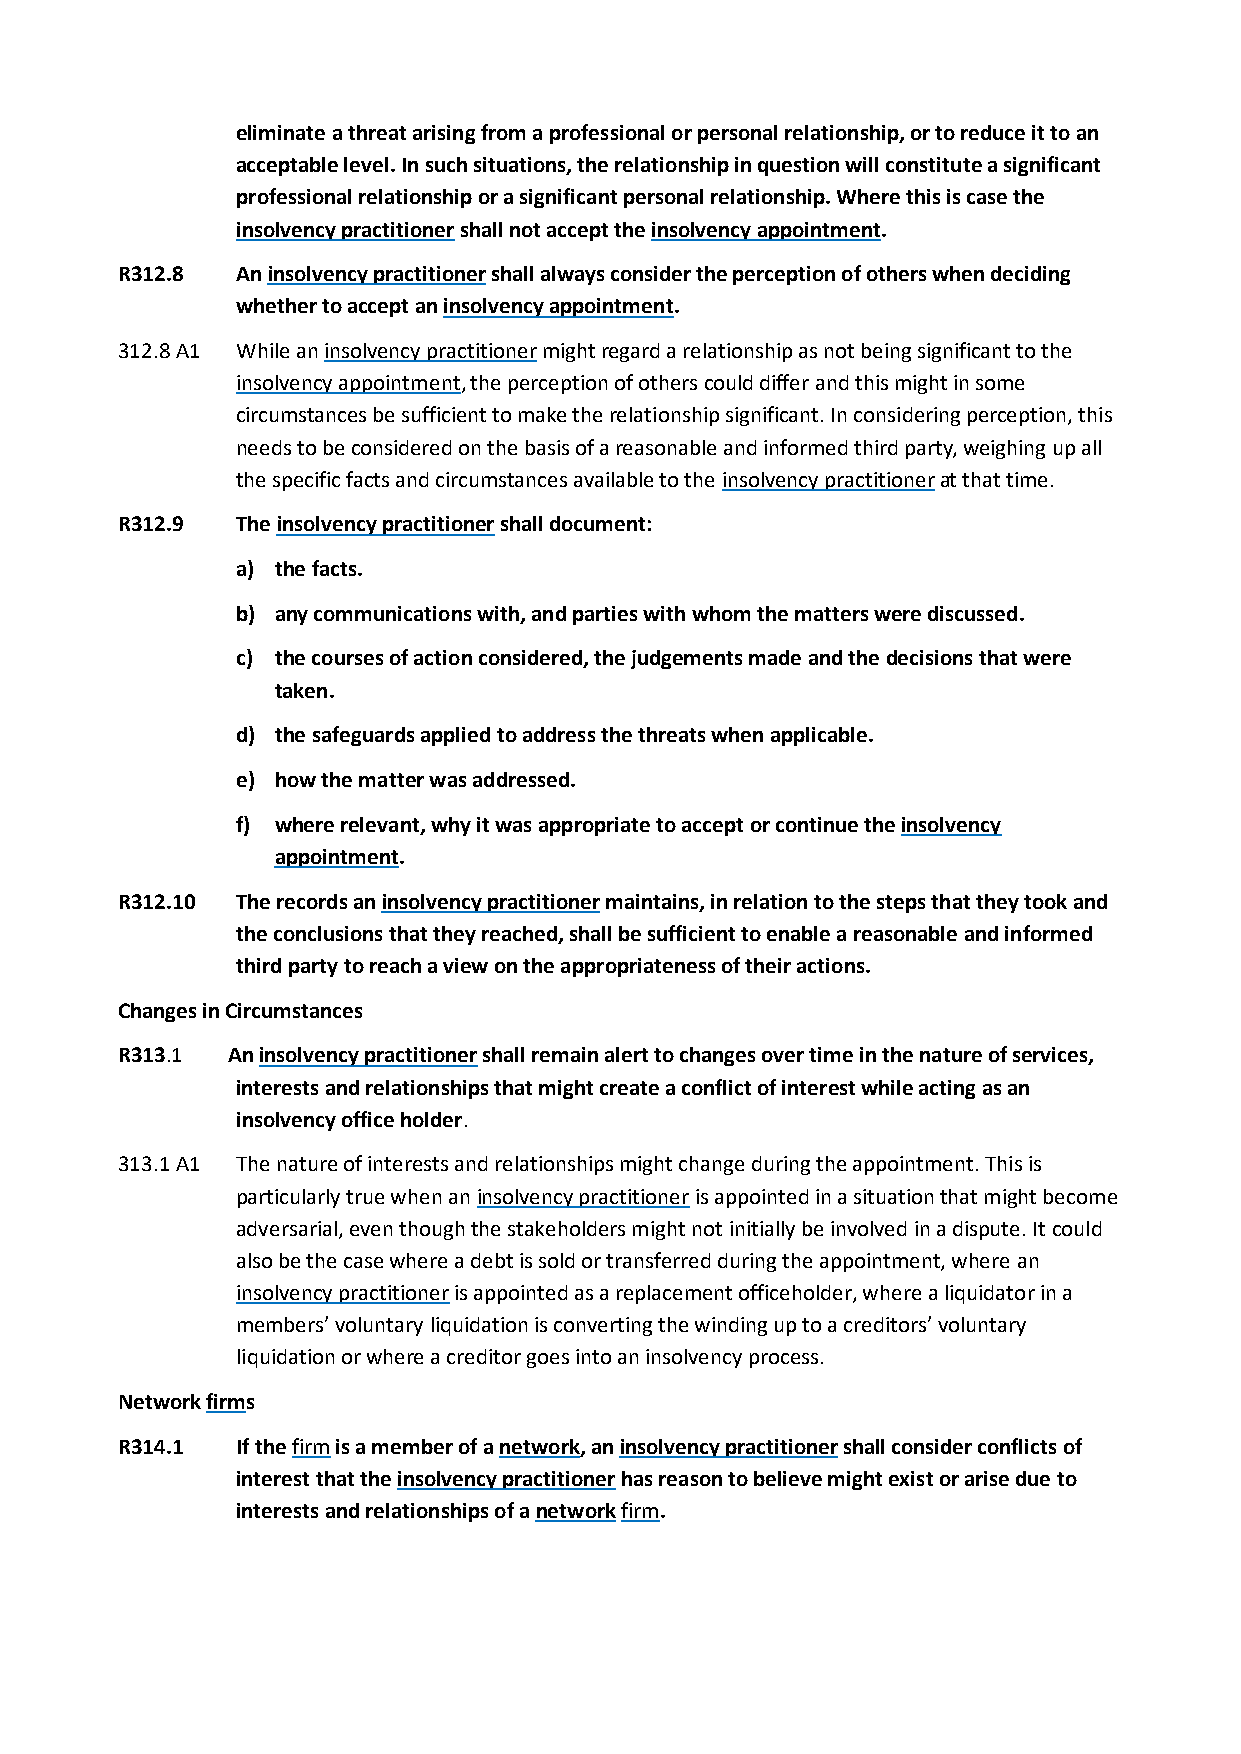
eliminate a threat arising from a professional or personal relationship, or to reduce it to an
 acceptable level. In such situations, the relationship in question will constitute a significant
 professional relationship or a significant personal relationship. Where this is case the
 insolvency practitioner shall not accept the insolvency appointment.
 R312.8  An insolvency practitioner shall always consider the perception of others when deciding
 whether to accept an insolvency appointment.
 312.8 A1 While an insolvency practitioner might regard a relationship as not being significant to the
 insolvency appointment, the perception of others could differ and this might in some
 circumstances be sufficient to make the relationship significant. In considering perception, this
 needs to be considered on the basis of a reasonable and informed third party, weighing up all
 the specific facts and circumstances available to the insolvency practitioner at that time.
 R312.9  The insolvency practitioner shall document:
 a) the facts.
 b) any communications with, and parties with whom the matters were discussed.
 c) the courses of action considered, the judgements made and the decisions that were
 taken.
 d) the safeguards applied to address the threats when applicable.
 e) how the matter was addressed.
 f) where relevant, why it was appropriate to accept or continue the insolvency
 appointment.
 R312.10 The records an insolvency practitioner maintains, in relation to the steps that they took and
 the conclusions that they reached, shall be sufficient to enable a reasonable and informed
 third party to reach a view on the appropriateness of their actions.
 Changes in Circumstances
 R313.1 An insolvency practitioner shall remain alert to changes over time in the nature of services,
 interests and relationships that might create a conflict of interest while acting as an
 insolvency office holder.
 313.1 A1 The nature of interests and relationships might change during the appointment. This is
 particularly true when an insolvency practitioner is appointed in a situation that might become
 adversarial, even though the stakeholders might not initially be involved in a dispute. It could
 also be the case where a debt is sold or transferred during the appointment, where an
 insolvency practitioner is appointed as a replacement officeholder, where a liquidator in a
 members’ voluntary liquidation is converting the winding up to a creditors’ voluntary
 liquidation or where a creditor goes into an insolvency process.
 Network firms
 R314.1  If the firm is a member of a network, an insolvency practitioner shall consider conflicts of
 interest that the insolvency practitioner has reason to believe might exist or arise due to
 interests and relationships of a network firm.